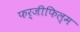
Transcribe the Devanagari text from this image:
फर्जीफिल्म